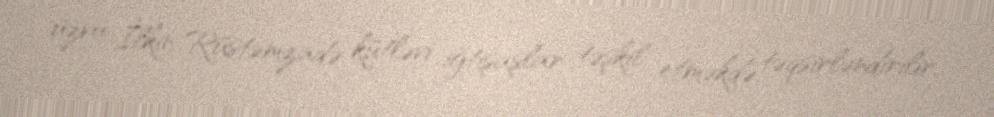
üzvü İlkin Rüstəmzadə kütləvi iğtişaşlar təşkil etməkdə təqsirləndirilir.